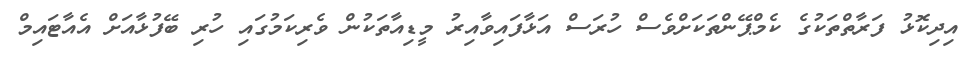
އިދިކޮޅު ފަރާތްތަކުގެ ކެމްޕޭންތަކަށްވެސް ހުރަސް އަޅާފައިވާއިރު މީޑިއާތަކުން ވެރިކަމުގައި ހުރި ބޭފުޅާއަށް އެއާޓައިމް